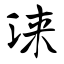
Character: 涞